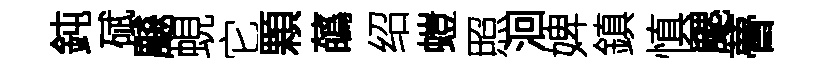
鈍碔飇蜆它顆蘤绍螘照洄婢鎮慎颸瞢